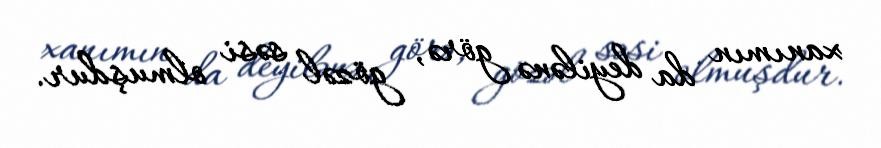
xanımın da deyilənə görə, gözəl səsi olmuşdur.